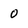
Character: o